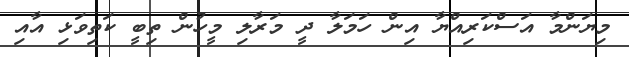
މިޔަންމާ އަސްކަރިއްޔާ އިން ހަމަލާ ދީ މަރާލި މީހުން ތިބީ ކަތިވަޅި އާއި